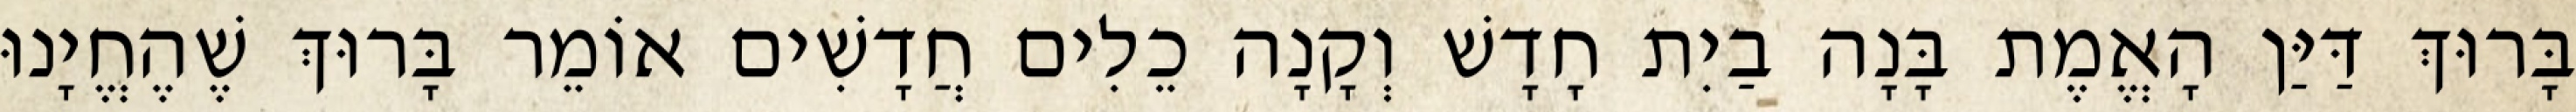
בָּרוּךְ דַּיַּן הָאֱמֶת בָּנָה בַיִת חָדָשׁ וְקָנָה כֵלִים חֲדָשִׁים אוֹמֵר בָּרוּךְ שֶׁהֶחֱיָנוּ